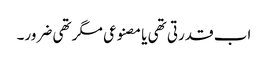
اب قدرتی تھی یا مصنوعی مگر تھی ضرور۔